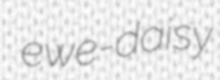
ewe-daisy